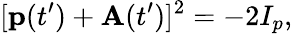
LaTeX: [\mathbf{p}(t^{\prime})+\mathbf{A}(t^{\prime})]^{2}=-2I_{p},